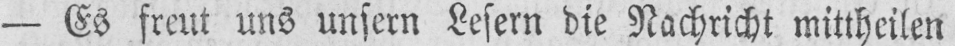
- Es freut uns unsern Lesern die Nachricht mittheilen